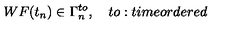
W F ( t _ { n } ) \in \Gamma _ { n } ^ { t o } , \quad t o : t i m e o r d e r e d